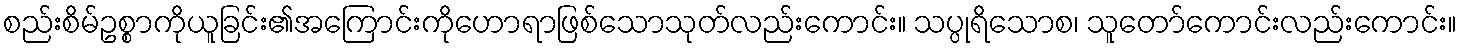
စည်းစိမ်ဥစ္စာကိုယူခြင်း၏အကြောင်းကိုဟောရာဖြစ်သောသုတ်လည်းကောင်း။ သပ္ပုရိသောစ၊ သူတော်ကောင်းလည်းကောင်း။